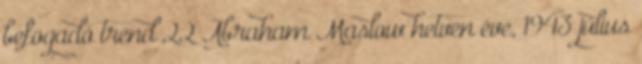
befogadó trend 22 Abraham Maslow hetven éve, 1943 július